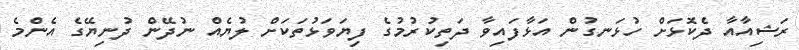
ރަޝިއާއާ ދެކޮޅަށް ހުޅަނގުން އަޅާފައިވާ ދަތިކުރުމުގެ ފިޔަވަޅުތަކަަށް ލުުޔެއް ނުދޭން ދުނިޔޭގެ އެންމެ